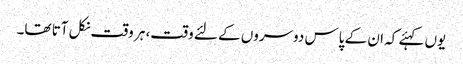
یوں کہئے کہ ان کے پاس دوسروں کے لئے وقت، ہر وقت نکل آتا تھا۔